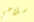
سلاحي